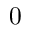
0